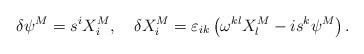
LaTeX: \begin{align*}\delta \psi ^M=s^iX_i^M,\quad \delta X_i^M=\varepsilon _{ik}\left( \omega^{kl}X_l^M-is^k\psi ^M\right) . \end{align*}